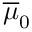
\overline { { \mu } } _ { 0 }